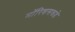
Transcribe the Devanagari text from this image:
मॉरिशसकडे